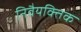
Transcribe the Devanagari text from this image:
निवैयक्तिक